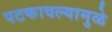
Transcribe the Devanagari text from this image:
पटकावल्यामुळे